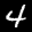
Label: 4